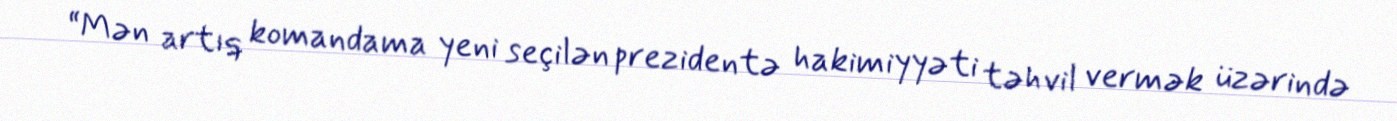
“Mən artıq komandama yeni seçilən prezidentə hakimiyyəti təhvil vermək üzərində